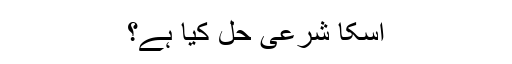
اسکا شرعی حل کیا ہے؟